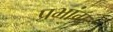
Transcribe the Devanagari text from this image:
प्रभांग